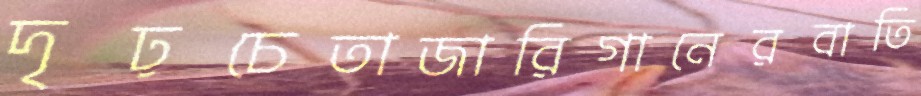
দৃঢ়চেতাজারিগানেরবাতি